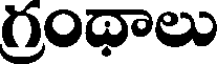
గ్రంథాలు